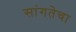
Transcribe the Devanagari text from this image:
सांगतेचा